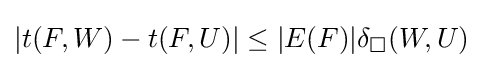
|t(F,W)-t(F,U)|\leq |E(F)|\delta _{\square }(W,U)